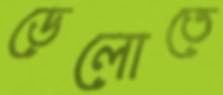
ডেলোতে